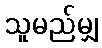
သူမည်မျှ